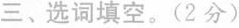
三、选词填空。(2分)